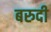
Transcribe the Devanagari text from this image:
बरुदी